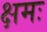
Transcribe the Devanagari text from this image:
क्षमः